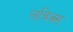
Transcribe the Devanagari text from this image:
लविक्स